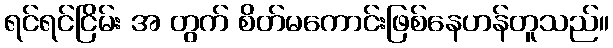
ရင်ရင်ငြိမ်း အ တွက် စိတ်မကောင်းဖြစ်နေဟန်တူသည်။